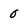
Character: 0